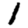
Digit: 1